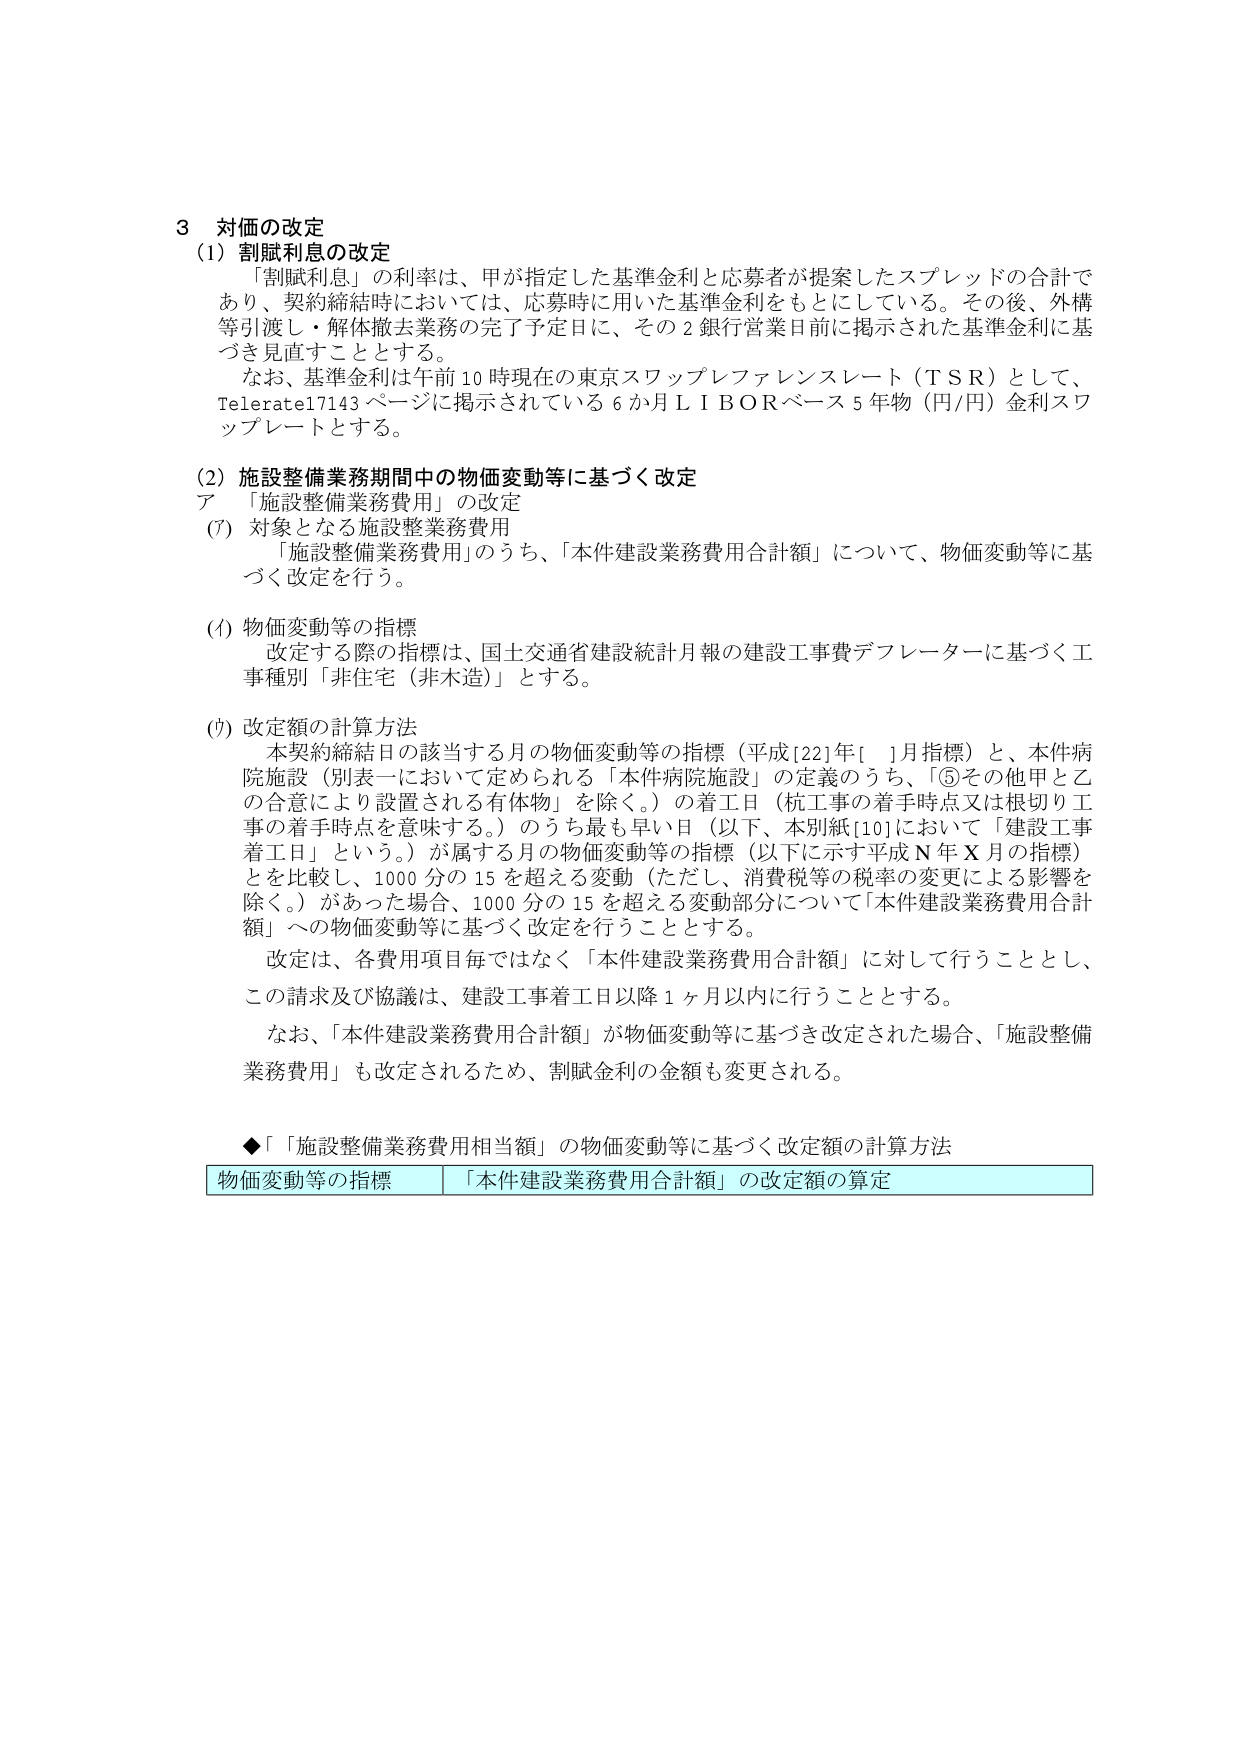
3 対価の改定
(1) 割賦利息の改定
　「割賦利息」の利率は、甲が指定した基準金利と応募者が提案したスプレッドの合計であり、契約締結時においては、応募時に用いた基準金利をもとにしている。その後、外構等引渡し・解体撤去業務の完了予定日に、その2銀行営業日前に掲示された基準金利に基づき見直すこととする。
　なお、基準金利は午前10時現在の東京スワップレファレンスレート（TSR）として、Telerate17143ページに掲示されている6か月LIBORベース5年物（円/円）金利スワップレートとする。

(2) 施設整備業務期間中の物価変動等に基づく改定
ア 「施設整備業務費用」の改定
(ｱ) 対象となる施設整備業務費用
　「施設整備業務費用」のうち、「本件建設業務費用合計額」について、物価変動等に基づく改定を行う。

(ｲ) 物価変動等の指標
　改定する際の指標は、国土交通省建設統計月報の建設工事費デフレーターに基づく工事種別「非住宅（非木造）」とする。

(ｳ) 改定額の計算方法
　本契約締結日の該当する月の物価変動等の指標（平成[22]年[ ]月指標）と、本件病院施設（別表一において定められる「本件病院施設」の定義のうち、「⑤その他甲と乙の合意により設置される有体物」を除く。）の着工日（杭工事の着手時点又は根切り工事の着手時点を意味する。）のうち最も早い日（以下、本別紙[10]において「建設工事着工日」という。）が属する月の物価変動等の指標（以下に示す平成N年X月の指標）とを比較し、1000分の15を超える変動（ただし、消費税等の税率の変更による影響を除く。）があった場合、1000分の15を超える変動部分について「本件建設業務費用合計額」への物価変動等に基づく改定を行うこととする。
　改定は、各費用項目毎ではなく「本件建設業務費用合計額」に対して行うこととし、この請求及び協議は、建設工事着工日以降1ヶ月以内に行うこととする。
　なお、「本件建設業務費用合計額」が物価変動等に基づき改定された場合、「施設整備業務費用」も改定されるため、割賦金利の金額も変更される。

◆「施設整備業務費用相当額」の物価変動等に基づく改定額の計算方法
物価変動等の指標　「本件建設業務費用合計額」の改定額の算定